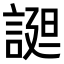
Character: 𧩙